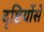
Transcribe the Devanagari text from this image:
दृष्टियोंसे